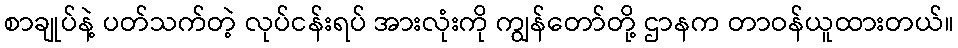
စာချုပ်နဲ့ ပတ်သက်တဲ့ လုပ်ငန်းရပ် အားလုံးကို ကျွန်တော်တို့ ဌာနက တာဝန်ယူထားတယ်။